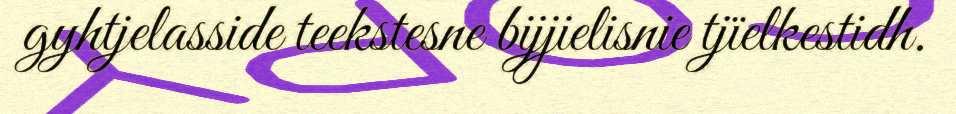
gyhtjelasside teekstesne bijjielisnie tjïelkestidh.